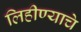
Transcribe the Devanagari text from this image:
लिहीण्याचे